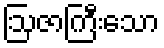
ဩဇာကြီးသော